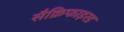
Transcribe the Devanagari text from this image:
सैक्रिफाइस्ड